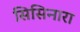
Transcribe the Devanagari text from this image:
सिसिनारा